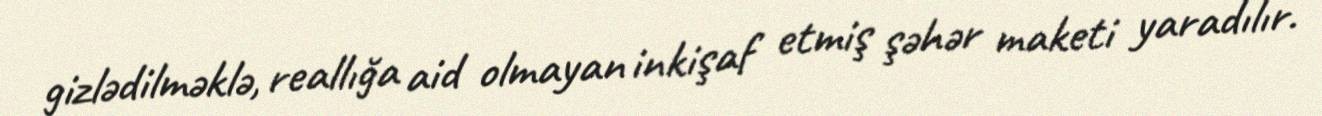
gizlədilməklə, reallığa aid olmayan inkişaf etmiş şəhər maketi yaradılır.